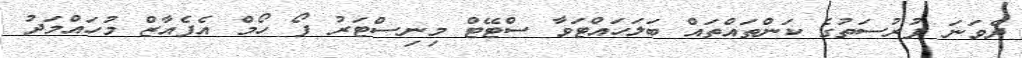
ދެވަނަ ފުރުސަތުގެ ކަންތައްތައް ބަލަހައްޓަވާ ސްޓޭޓް މިނިސްޓަރު ފޯ ހޯމް އެފެއާޒް މުހައްމަދު